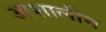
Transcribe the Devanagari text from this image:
आशालीन